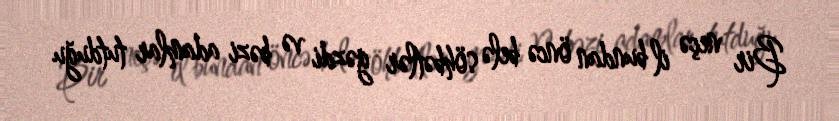
Bir neçə il bundan öncə belə söhbətlər gəzdi və bəzi adamlar tutduğu